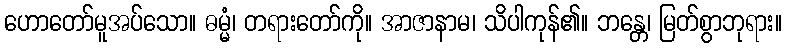
ဟောတော်မူအပ်သော။ ဓမ္မံ၊ တရားတော်ကို။ အာဇာနာမ၊ သိပါကုန်၏။ ဘန္တေ၊ မြတ်စွာဘုရား။